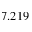
7 . 2 1 9